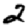
Digit: 2